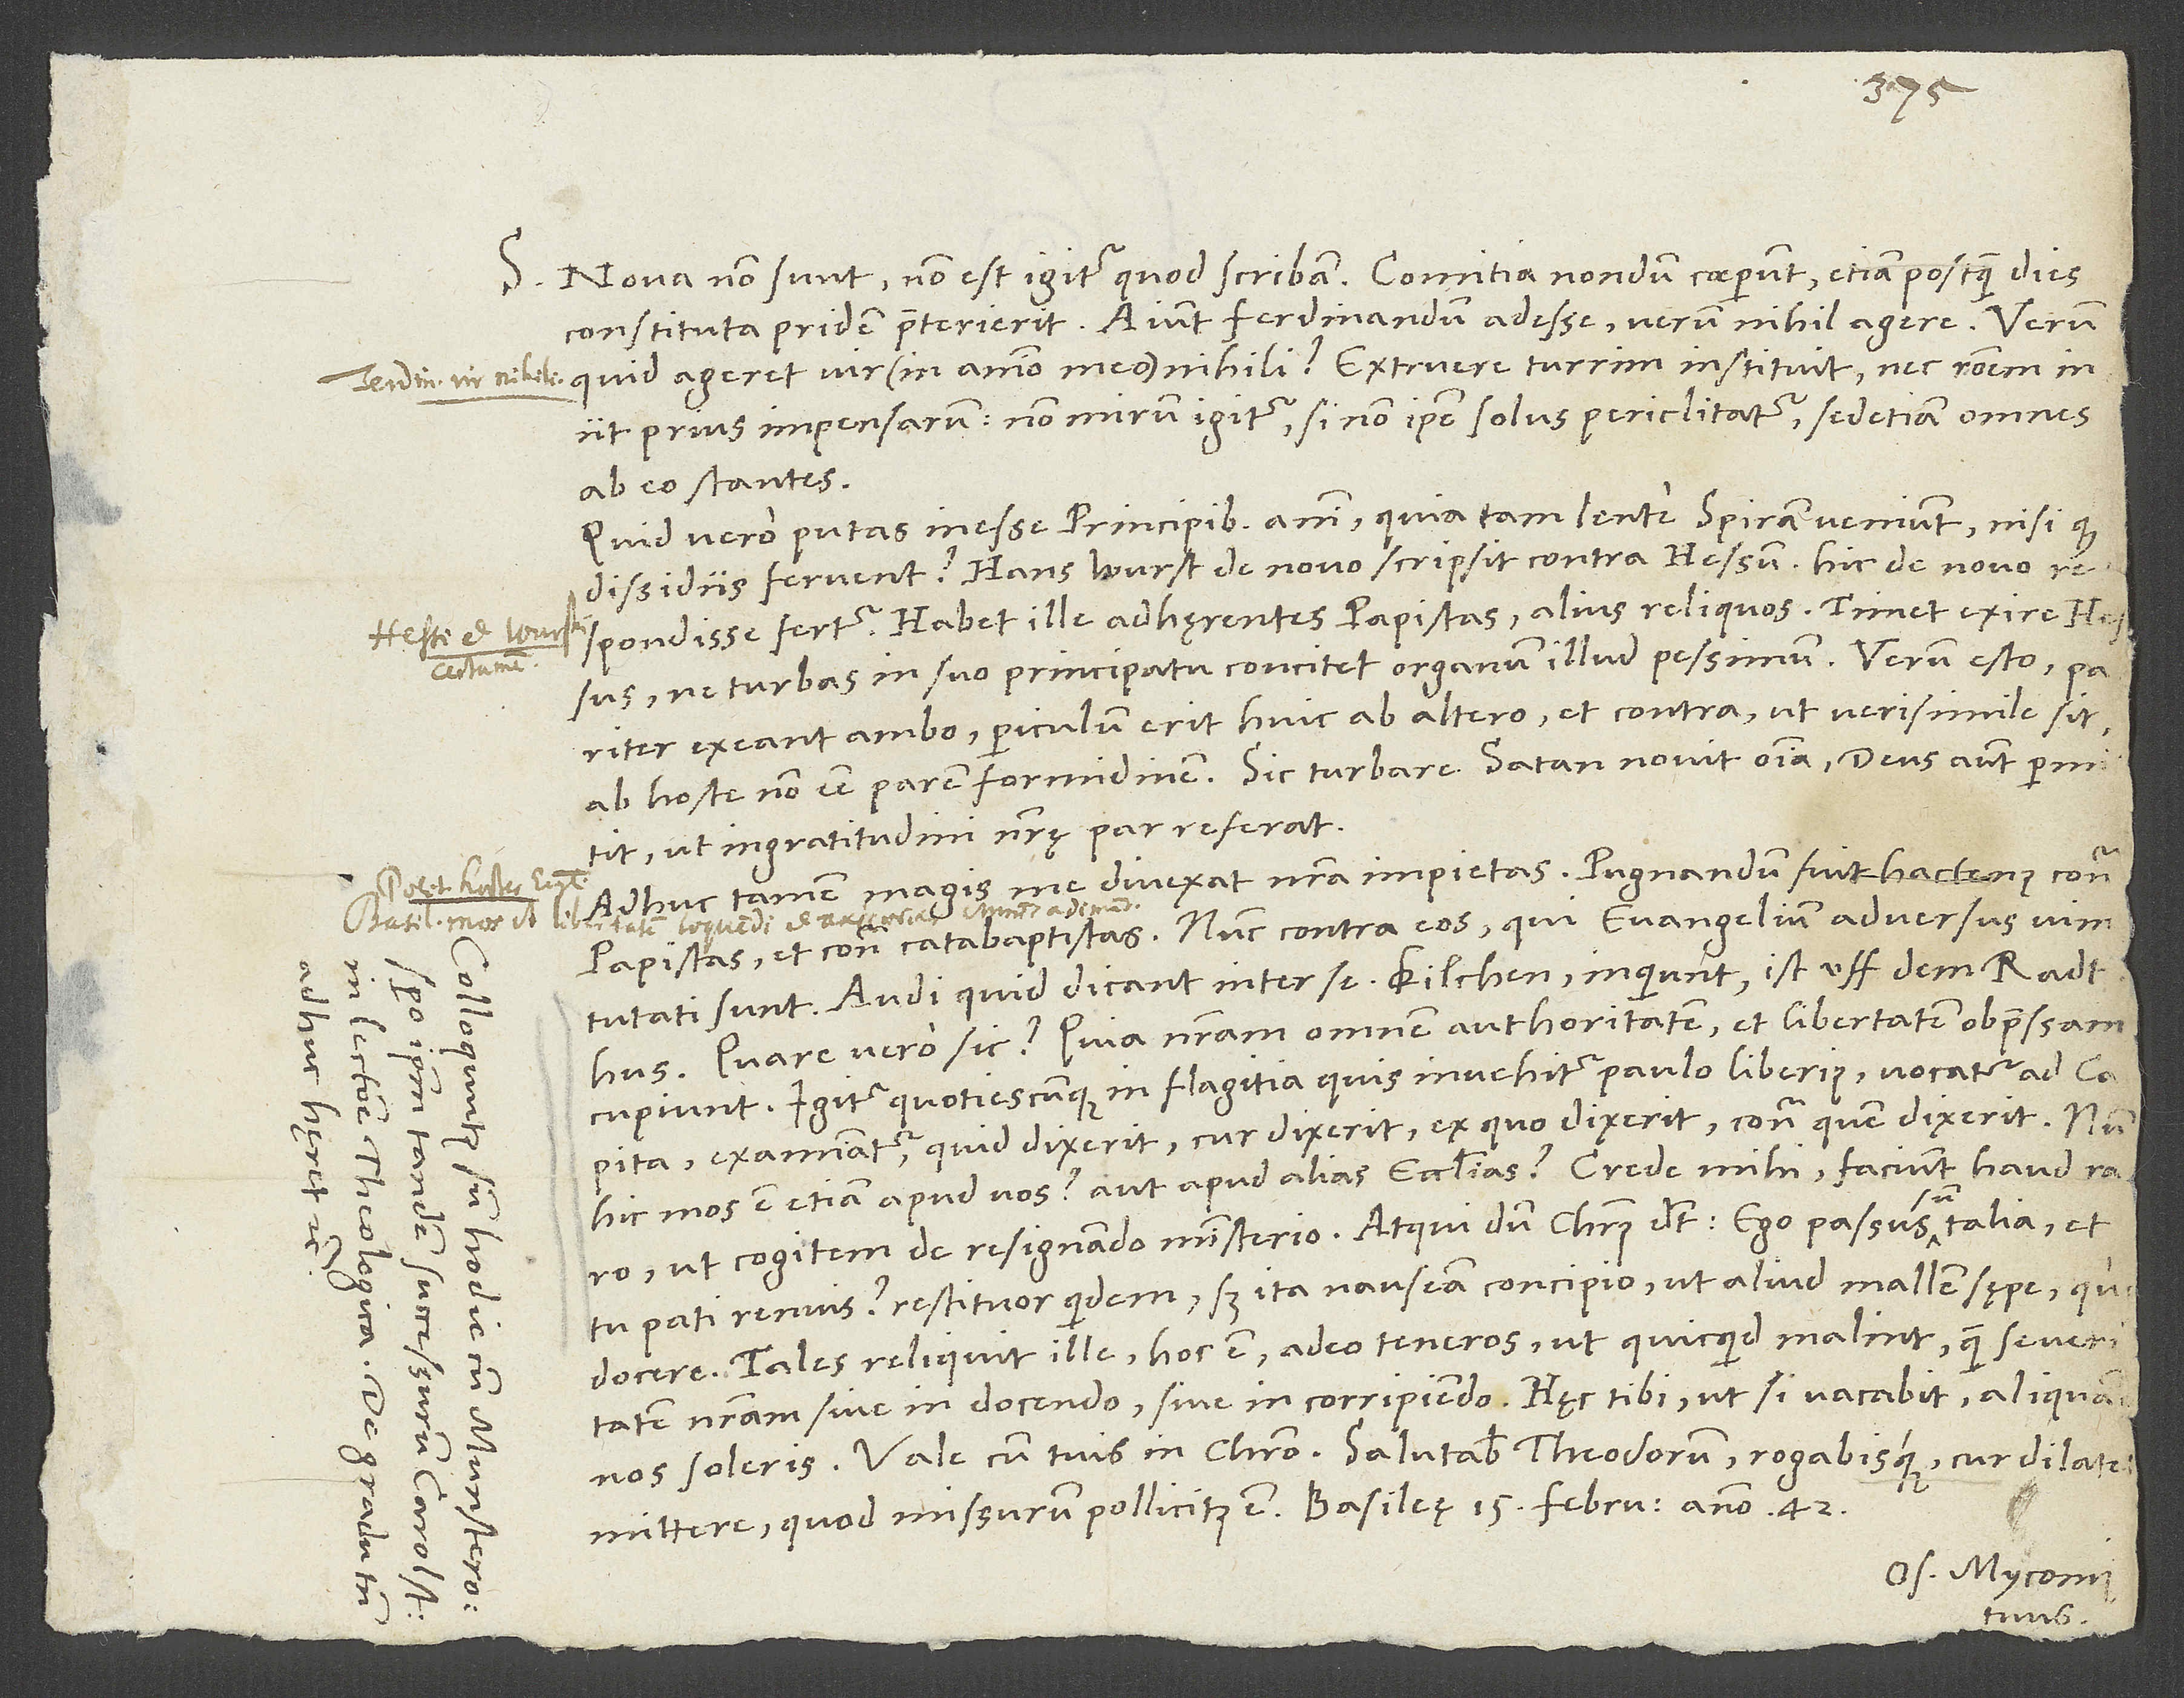
Nova non sunt; non est igitur, quod scribam. Comitia nondum coeperunt, etiam postquam dies
constituta pridem praeterierit. Aiunt Ferdinandum adesse, verum nihil agere. Verum
prius impensarum; non mirum igitur, si non ipse solus periclitatur, sed etiam omnes
ab eo stantes.
Quid vero putas inesse principibus animi, quia tam lente Spiram veniunt, nisi quod
dissidiis fervent? Hans Wurst de novo scripsit contra Hessum; hic de novo
respondisse fertur. Habet ille adhęrentes papistas, alius reliquos. Timet exire Hessus,
ne turbas in suo principatu concitet organum illud pessimum.
exeant ambo, periculum erit huic ab altero et contra, ut verisimile sit
ab hoste non esse parem formidinem. Sic turbare Satan novit omnia; deus autem permittit,
ut ingratitudini nostrę par referat.
Adhuc tamen magis me divexat nostra impietas. Pugnandum fuit hactenus contra
papistas et contra catabaptistas, nunc contra eos, qui evangelium adversus vim
tutati sunt. Audi, quid dicant inter se: „Kilchen“, inquiunt, „ist uff dem radthus.“
S.
Quare vero sic? Quia nostram omnem authoritatem et libertatem obpressam
cupiunt. Igitur, quotiescunque in flagitia quis invehitur paulo liberius, vocatur ad capita,
examinatur, quid dixerit, cur dixerit, ex quo dixerit, contra quem dixerit. Num
hic mos est etiam apud vos? aut apud alias ecclesias? Crede mihi, faciunt haud raro,
15.
ut cogitem de resignando ministerio. Atqui dum Christus dicit: „Ego passus sum talia, et
tu pati renuis?“, restituor quidem, sed ita nauseam concipio, ut aliud mallem sępe qu
Vale cum tuis in Christo. Salutabis Theodorum rogabisque, cur dilatet
Os. Myconius
tuus.